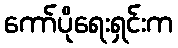
ကော်ပိုရေးရှင်းက